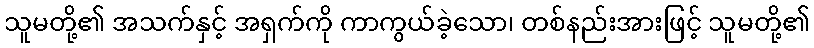
သူမတို့၏ အသက်နှင့် အရှက်ကို ကာကွယ်ခဲ့သော၊ တစ်နည်းအားဖြင့် သူမတို့၏